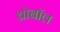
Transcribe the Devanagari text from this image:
थ्रोबॉल